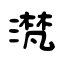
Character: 滼